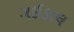
ગઈકાલ